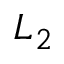
L _ { 2 }